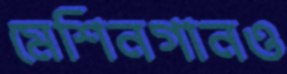
মেশিনগানও